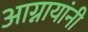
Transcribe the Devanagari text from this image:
आग्नायांनी